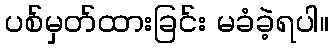
ပစ်မှတ်ထားခြင်း မခံခဲ့ရပါ။